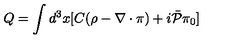
Q = \int d ^ { 3 } x [ C ( \rho - \nabla \cdot \mathrm { \boldmath \pi } ) + i \bar { { \cal P } } \pi _ { 0 } ]